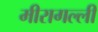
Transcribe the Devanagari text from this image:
मीरागल्ली